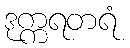
ဒုက္ကရတရံ